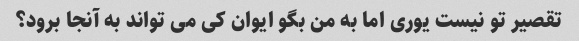
تقصیر تو نیست یوری اما به من بگو ایوان کی می تواند به آنجا برود؟